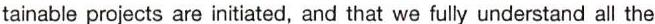
tainable projects are initiated, and that we fully understand all the